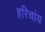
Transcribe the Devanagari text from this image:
हरिचांय